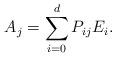
LaTeX: \begin{align*}A_j=\sum_{i=0}^d P_{ij}E_i.\end{align*}